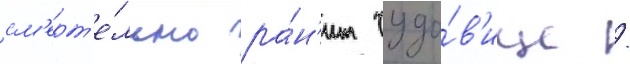
см'ерт'е́льно ра́н'ит чудо́в'ище /